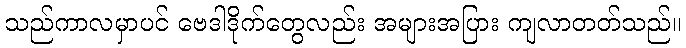
သည်ကာလမှာပင် ဗေဒါဒိုက်တွေလည်း အများအပြား ကျလာတတ်သည်။